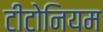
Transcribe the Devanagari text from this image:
टीटोनियम